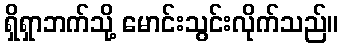
ရှိရှာဘက်သို့ မောင်းသွင်းလိုက်သည်။